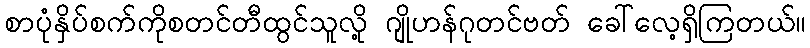
စာပုံနှိပ်စက်ကိုစတင်တီထွင်သူလို့ ဂျိုဟန်ဂုတင်ဗတ် ခေါ်လေ့ရှိကြတယ်။